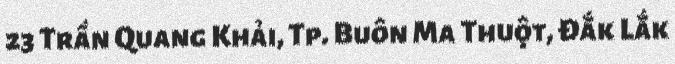
23 Trần Quang Khải, Tp. Buôn Ma Thuột, Đắk Lắk